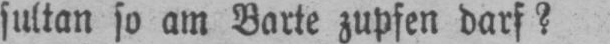
sultan so am Barte zupfen darf?